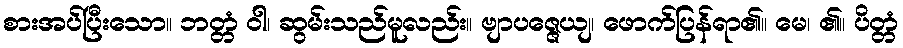
စားအပ်ပြီးသော။ ဘတ္တံ ဝါ၊ ဆွမ်းသည်မူလည်း။ ဗျာပဇ္ဇေယျ၊ ဖောက်ပြန်ရာ၏။ မေ၊ ၏။ ပိတ္တံ